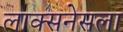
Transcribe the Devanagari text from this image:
लाक्सनेसला